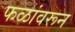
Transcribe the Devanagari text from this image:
फळांवरून